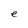
Character: e